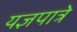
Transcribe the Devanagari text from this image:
यज्ञपात्रे